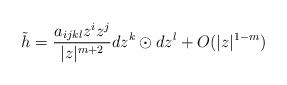
LaTeX: \begin{align*}\tilde{h} = \frac{a_{ijkl}z^i z^j}{|z|^{m+2}} dz^k \odot dz^l + O(|z|^{1-m})\end{align*}